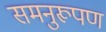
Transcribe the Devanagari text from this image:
समनुरूपण